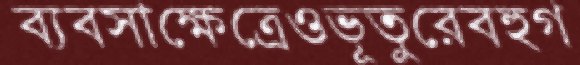
ব্যবসাক্ষেত্রেওভূতুরেবহুগ